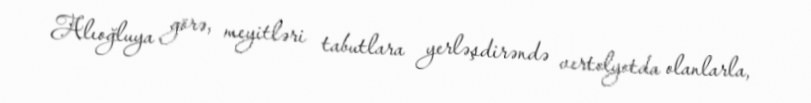
Alıoğluya görə, meyitləri tabutlara yerləşdirəndə vertolyotda olanlarla,